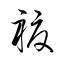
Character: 褥